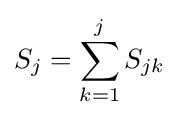
S_{j}=\sum _{k=1}^{j}S_{jk}